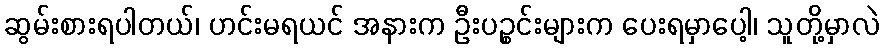
ဆွမ်းစားရပါတယ်၊ ဟင်းမရယင် အနားက ဦးပဉ္စင်းများက ပေးရမှာပေါ့၊ သူတို့မှာလဲ